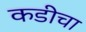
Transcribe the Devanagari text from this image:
कडीचा